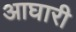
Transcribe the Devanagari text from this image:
आघारी